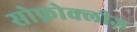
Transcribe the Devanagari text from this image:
सोफ़ोक्लीज़